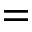
=